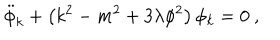
\ddot { \phi } _ { k } + \left( k ^ { 2 } - m ^ { 2 } + 3 \lambda \phi ^ { 2 } \right) \phi _ { k } = 0 \ ,